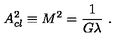
A _ { c l } ^ { 2 } \equiv M ^ { 2 } = \frac { 1 } { G \lambda } \ .